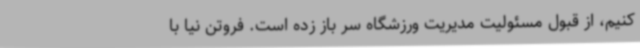
کنیم، از قبول مسئولیت مدیریت ورزشگاه سر باز زده است. فروتن نیا با